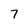
Character: 7